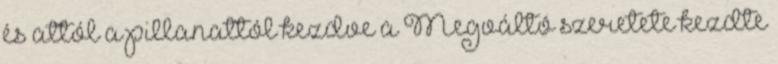
és attól a pillanattól kezdve a Megváltó szeretete kezdte